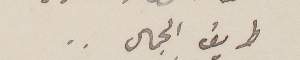
طريق الجمال ..